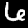
Digit: 6